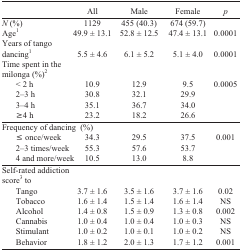
<table><thead><tr><td></td><td><b>All</b></td><td><b>Male</b></td><td><b>Female</b></td><td><b><i>p</i></b></td></tr></thead><tbody><tr><td><i>N</i>(%)</td><td>1129</td><td>455 (40.3)</td><td>674 (59.7)</td><td></td></tr><tr><td>Age<sup>1</sup></td><td>49.9 ± 13.1</td><td>52.8 ± 12.5</td><td>47.4±13.1</td><td>0.0001</td></tr><tr><td>Years of tango dancing<sup>1</sup></td><td>5.5 ±4.6</td><td>6.1 ± 5.2</td><td>5.1 ±4.0</td><td>0.0001</td></tr><tr><td>Time spent in the milonga (%)<sup>2</sup></td><td></td><td></td><td></td><td></td></tr><tr><td>&lt;2h</td><td>10.9</td><td>12.9</td><td>9.5</td><td>0.0005</td></tr><tr><td>2–3 h</td><td>30.8</td><td>32.1</td><td>29.9</td><td></td></tr><tr><td>3–4 h</td><td>35.1</td><td>36.7</td><td>34.0</td><td></td></tr><tr><td>≥4h</td><td>23.2</td><td>18.2</td><td>26.6</td><td></td></tr><tr><td>Frequency of dancing (%)</td><td></td><td></td><td></td><td></td></tr><tr><td>≤ once/week</td><td>34.3</td><td>29.5</td><td>37.5</td><td>0.001</td></tr><tr><td>2–3 times/week</td><td>55.3</td><td>57.6</td><td>53.7</td><td></td></tr><tr><td>4 and more/week</td><td>10.5</td><td>13.0</td><td>8.8</td><td></td></tr><tr><td>Self-rated addiction score<sup>3</sup> to</td><td></td><td></td><td></td><td></td></tr><tr><td>Tango</td><td>3.7±1.6</td><td>3.5 ± 1.6</td><td>3.7±1.6</td><td>0.02</td></tr><tr><td>Tobacco</td><td>1.6±1.4</td><td>1.5 ± 1.4</td><td>1.6±1.4</td><td>NS</td></tr><tr><td>Alcohol</td><td>1.4±0.8</td><td>1.5 ±0.9</td><td>1.3 ±0.8</td><td>0.002</td></tr><tr><td>Cannabis</td><td>1.0 ±0.4</td><td>1.0 ±0.4</td><td>1.0 ±0.3</td><td>NS</td></tr><tr><td>Stimulant</td><td>1.0 ±0.2</td><td>1.0 ± 0.1</td><td>1.0 ±0.2</td><td>NS</td></tr><tr><td>Behavior</td><td>1.8±1.2</td><td>2.0 ± 1.3</td><td>1.7±1.2</td><td>0.001</td></tr></tbody></table>